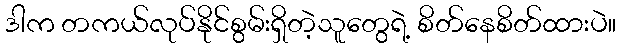
ဒါက တကယ်လုပ်နိုင်စွမ်းရှိတဲ့သူတွေရဲ့ စိတ်နေစိတ်ထားပဲ။